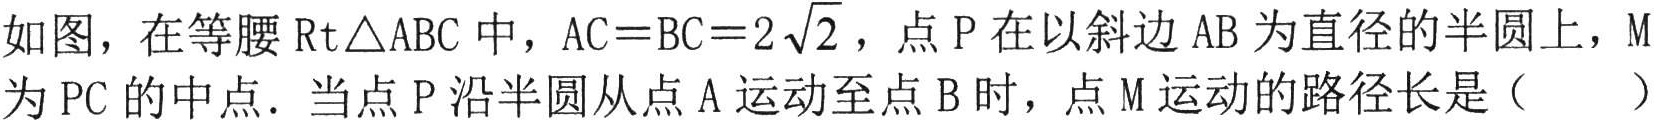
如图，在等腰\(\text{Rt}\triangle ABC\)中，\(AC = BC = 2\sqrt{2}\)，点\(P\)在以斜边\(AB\)为直径的半圆上，\(M\)为\(PC\)的中点．当点\(P\)沿半圆从点\(A\)运动至点\(B\)时，点\(M\)运动的路径长是（  ）